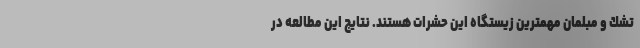
تشك و مبلمان مهمترین زیستگاه این حشرات هستند. نتایج این مطالعه در